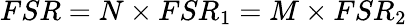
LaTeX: FSR=N\times FSR_{1}=M\times FSR_{2}